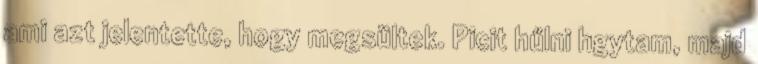
ami azt jelentette, hogy megsültek. Picit hűlni hgytam, majd